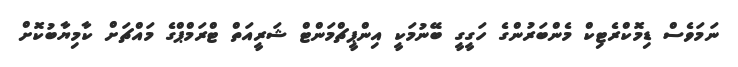
ނަމަވެސް ޑިމޮކްރެޓިކް މެންބަރުންގެ ހަގީގީ ބޭނުމަކީ އިންޕީޗްމަންޓް ޝަރީއަތް ޓްރަމްޕްގެ މައްޗަށް ކާމިޔާބުކޮށް